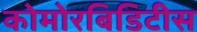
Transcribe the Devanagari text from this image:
कोमोरबिडिटीस